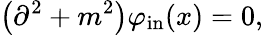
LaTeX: \left(\partial^{2}+m^{2}\right)\varphi_{\mathrm{in}}(x)=0,